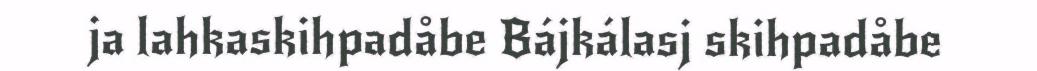
ja lahkaskihpadåbe Bájkálasj skihpadåbe